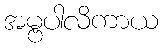
အမ္ဗပါလိကာယ